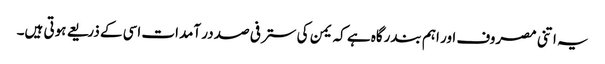
یہ اتنی مصروف اور اہم بندرگاہ ہے کہ یمن کی ستر فی صد در آمدات اسی کے ذریعے ہوتی ہیں۔